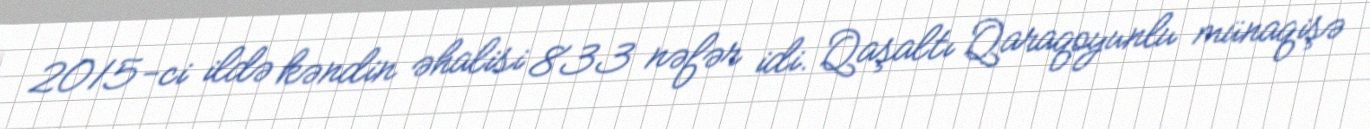
2015-ci ildə kəndin əhalisi 833 nəfər idi. Qaşaltı Qaraqoyunlu münaqişə